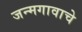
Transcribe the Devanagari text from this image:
जन्मगावाचे